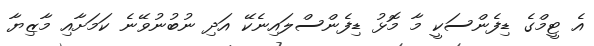
އެ ޓީމްގެ ޑިފެންސަކީ މާ މޮޅު ޑިފެންސްލައިނެކޭ އަދި ނުބުނުވޭނެ ކަމަށާއި މާޒިޔާ